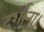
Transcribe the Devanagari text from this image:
दर्शाना।